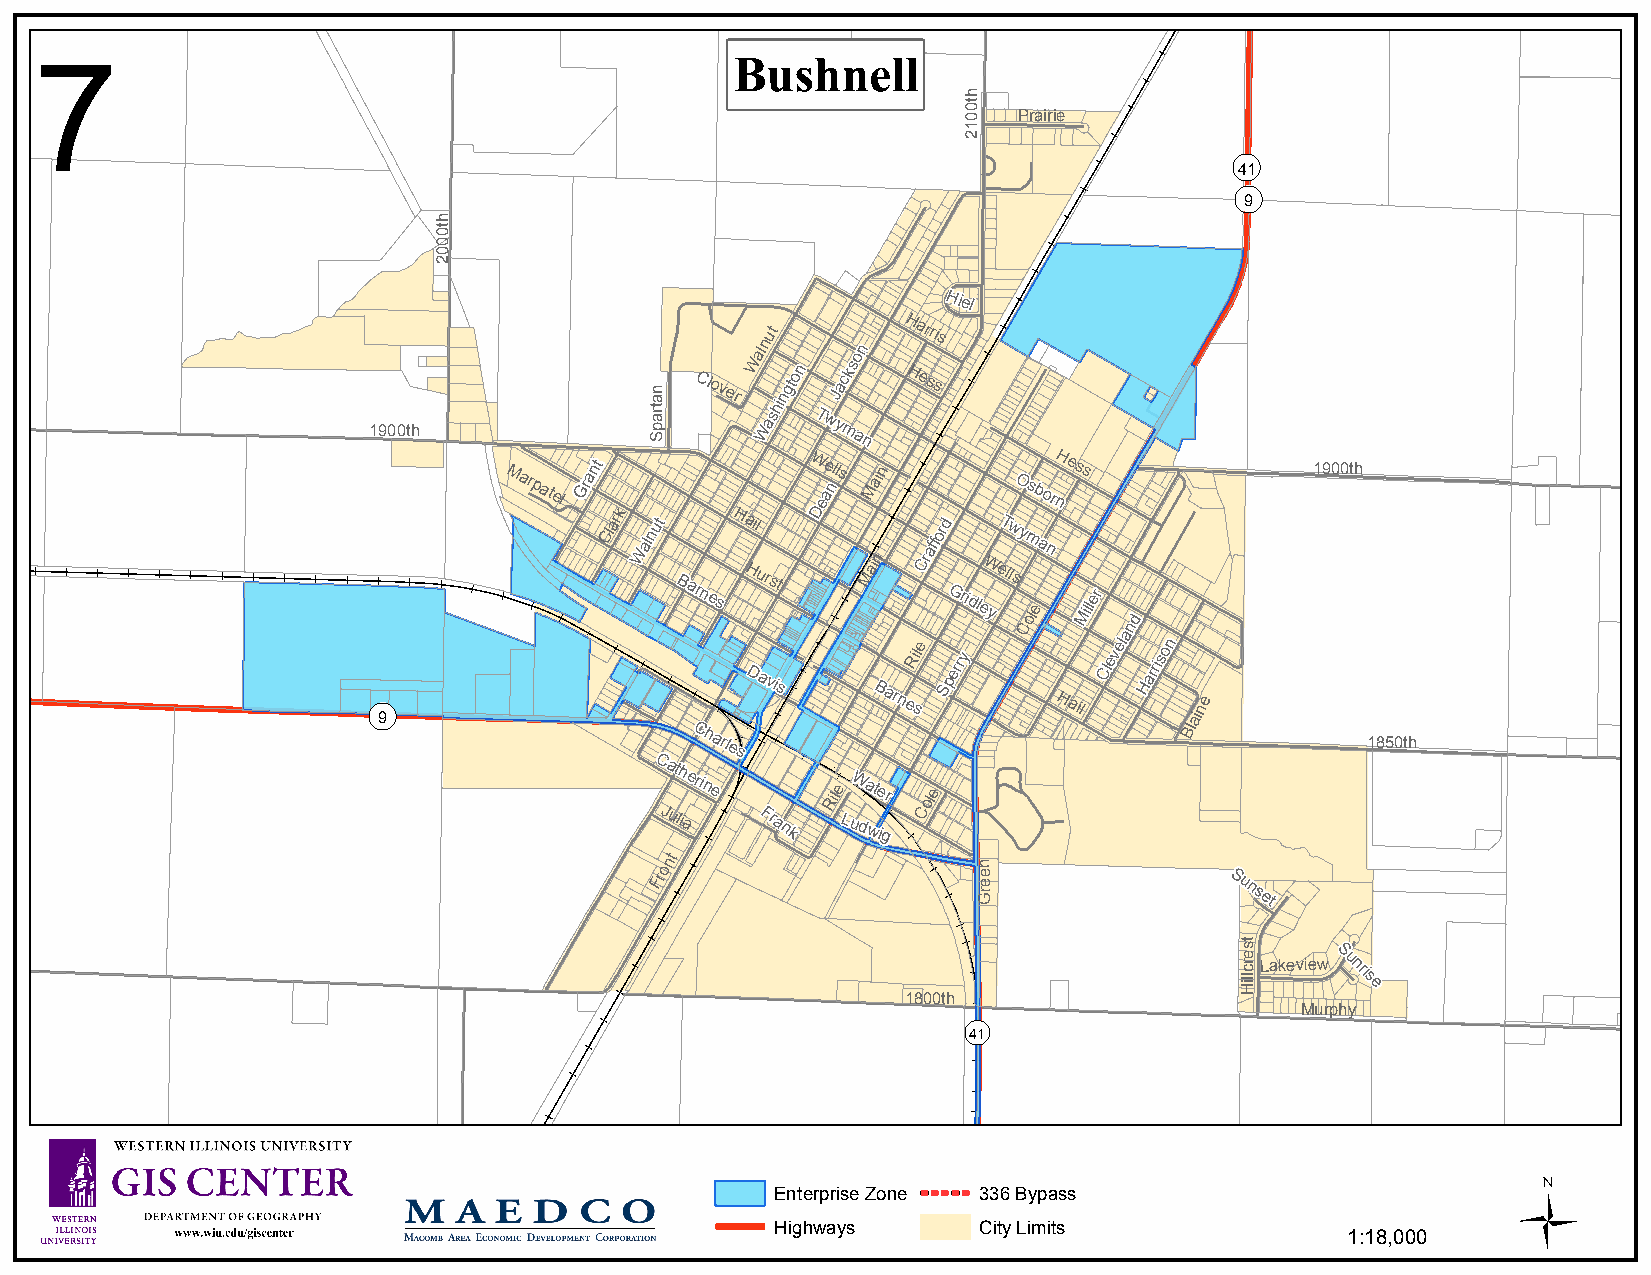
Bushnell
 7
 Prairie
 ¬«
 41
 ¬«
 9
 Hiel
 Clover
 Walnut
 hington
 Jackson
 H Ha er sr sis
 1900th
 Was Twy
 man
 Marpatel Grant
 k
 W De eal nls Main OsbornHess      1900th
 Clar nut Hail         ord Twy
 Wal
 Barnes
 Hurst
 Main Craff
 GridleW
 yellsm ola en
 Miller
 d
 C      n
 a
 ¬«
 9
 Davis
 BarnesRile
 Sperry
 Hail
 Clevel Harrison
 aine
 Charles                          Bl
 1850th
 Catherine
 RileWater
 ole
 Julia  Frank Ludwig C
 Front
 n
 e
 e
 rG
 Sunset
 S
 Lakeview u nris
 e
 1800th
 Murphy
 ¬«
 41
 Ü
 Enterprise Zone 336 Bypass
 Highways      City Limits
 1:18,000
 ht0002
 natrapS
 ht0012
 tserclliH